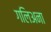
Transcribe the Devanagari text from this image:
गलिअना